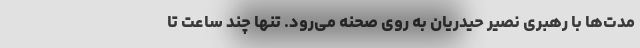
مدت‌ها با رهبری نصیر حیدریان به روی صحنه می‌رود. تنها چند ساعت تا